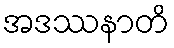
အဒဿနာတိ